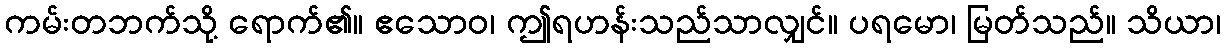
ကမ်းတဘက်သို့ ရောက်၏။ ဧသောဝ၊ ဤရဟန်းသည်သာလျှင်။ ပရမော၊ မြတ်သည်။ သိယာ၊